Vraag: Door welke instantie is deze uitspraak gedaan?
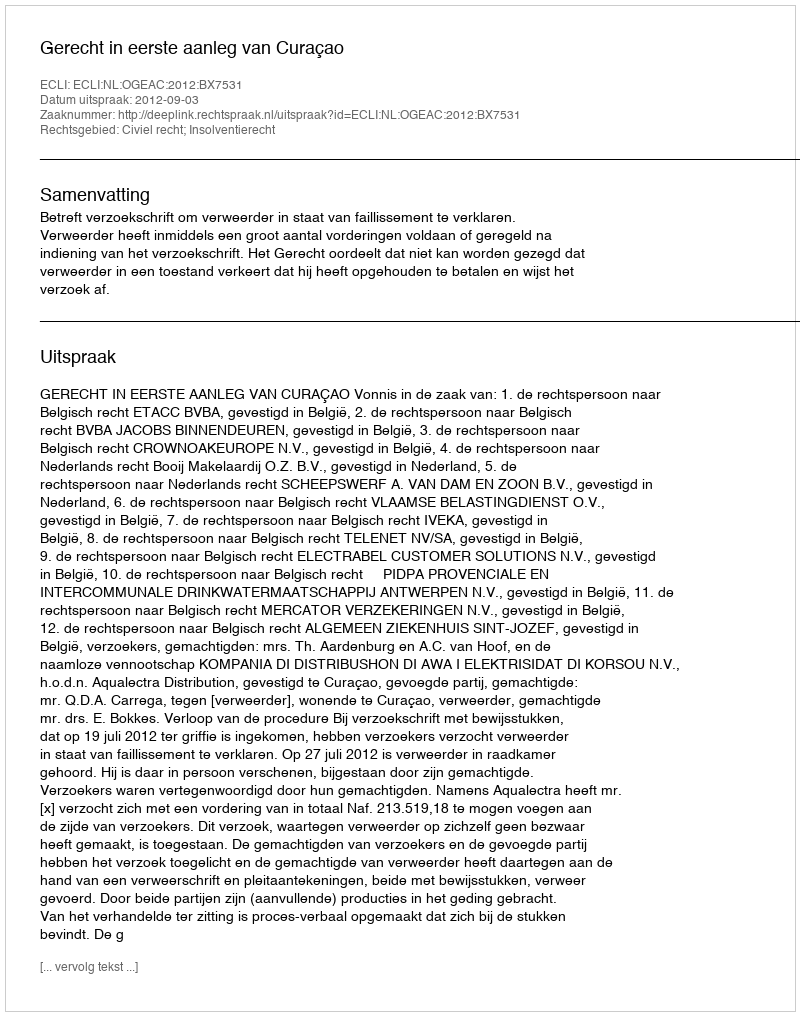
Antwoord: Gerecht in eerste aanleg van Curaçao